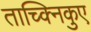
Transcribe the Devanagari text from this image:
ताच्क्निकुए